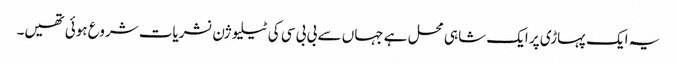
یہ ایک پہاڑی پر ایک شاہی محل ہے جہاں سے بی بی سی کی ٹیلیوژن نشریات شروع ہوئی تھیں۔